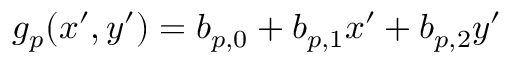
g _ { p } ( x ^ { \prime } , y ^ { \prime } ) = b _ { p , 0 } + b _ { p , 1 } x ^ { \prime } + b _ { p , 2 } y ^ { \prime }